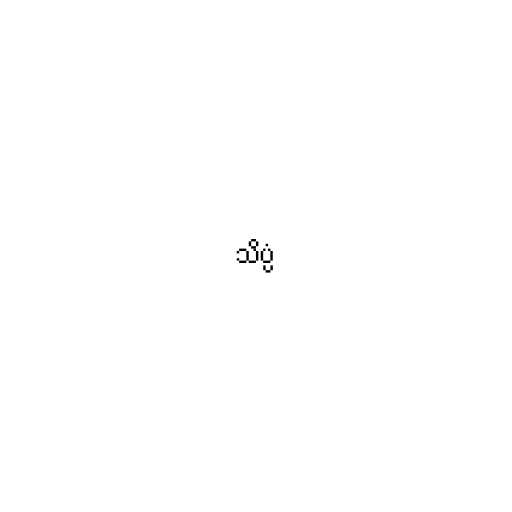
သိပ္ပံ